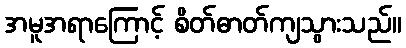
အမူအရာကြောင့် စိတ်ဓာတ်ကျသွားသည်။